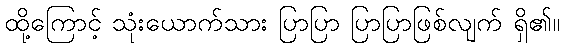
ထို့ကြောင့် သုံးယောက်သား ပြာပြာ ပြာပြာဖြစ်လျက် ရှိ၏။